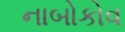
નાબોકોવ